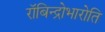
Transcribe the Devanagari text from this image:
रॉबिन्द्रोभारोति